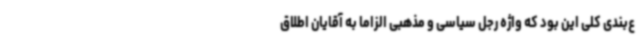
ع‌بندی کلی این بود که واژه رجل سیاسی و مذهبی الزاما به آقایان اطلاق